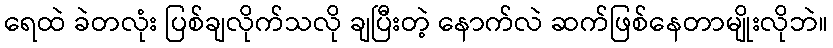
ရေထဲ ခဲတလုံး ပြစ်ချလိုက်သလို ချပြီးတဲ့ နောက်လဲ ဆက်ဖြစ်နေတာမျိုးလိုဘဲ။